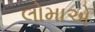
લોમાએ